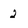
Character: 2